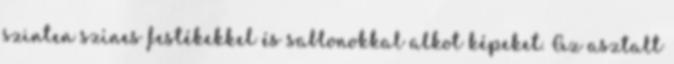
szinten színes festékekkel és sablonokkal alkot képeket. Az asztalt